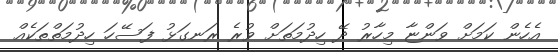
އެހެން ކަމަށް ވަންޏާ މިހާރު ދޭ ހިދުމަތަށް ވުރެ ރަނގަޅު ފަސޭހަ ހިދުމަތްތަކެއް